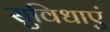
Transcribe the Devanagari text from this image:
सुविधाएं